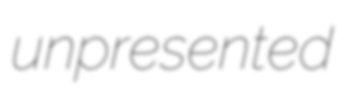
unpresented